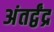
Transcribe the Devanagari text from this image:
अंतर्द्वंद्र